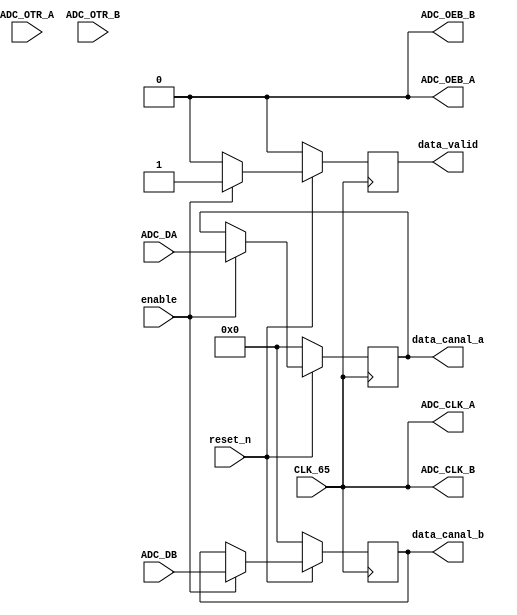

module adc_driver(

	// Entradas de control
	input 			 CLK_65,
	input				 reset_n,
	input				 enable,
		

	// Entradas y salidas de ADC
   output 		    ADC_CLK_A,
	input    [13:0] ADC_DA,
	output			 ADC_OEB_A,
	input				 ADC_OTR_A,
	
	output			 ADC_CLK_B,
	input	 	[13:0] ADC_DB,
	output			 ADC_OEB_B,
	input				 ADC_OTR_B,
	
	
	// Interfaz avalon streaming de salida
	output	[13:0] data_canal_a,
	output	[13:0] data_canal_b,
	output			 data_valid


);


//=======================================================
//  ADC REG/WIRE declarations
//=======================================================

assign  ADC_CLK_B = CLK_65;  	    //PLL Clock to ADC_B
assign  ADC_CLK_A = CLK_65;  	    //PLL Clock to ADC_A

assign  ADC_OEB_A = 0; 		  	    //ADC_OEA	Output enables activos en bajo
assign  ADC_OEB_B = 0; 			    //ADC_OEB

reg	[13:0]	r_ADC_DA;
reg	[13:0]	r_ADC_DB;
reg 	data_valid_reg;

//reg en_reg; always @ (posedge CLK_65) en_reg <= (!reset_n)? 0: enable;


always @ (posedge CLK_65) 
begin

	if(!reset_n)
	begin
		r_ADC_DA <= 0;
		r_ADC_DB <= 0;
		data_valid_reg <= 0;
	
	end
	else if (enable)
	begin			
		r_ADC_DA <= ADC_DA;
		r_ADC_DB <= ADC_DB;
		data_valid_reg <= 1;	
	end
	else
		data_valid_reg <= 0;	
		
end


//=======================================================
//  Salidas
//=======================================================

assign data_canal_a =  r_ADC_DA;
assign data_canal_b =  r_ADC_DB;
assign data_valid = data_valid_reg;


endmodule